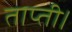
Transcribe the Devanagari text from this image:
ताप्ती।